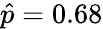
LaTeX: {\hat{p}}=0.68